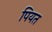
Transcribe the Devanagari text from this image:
पियत